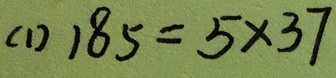
( 1 ) 1 8 5 = 5 \times 3 7